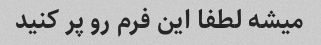
میشه لطفا این فرم رو پر کنید